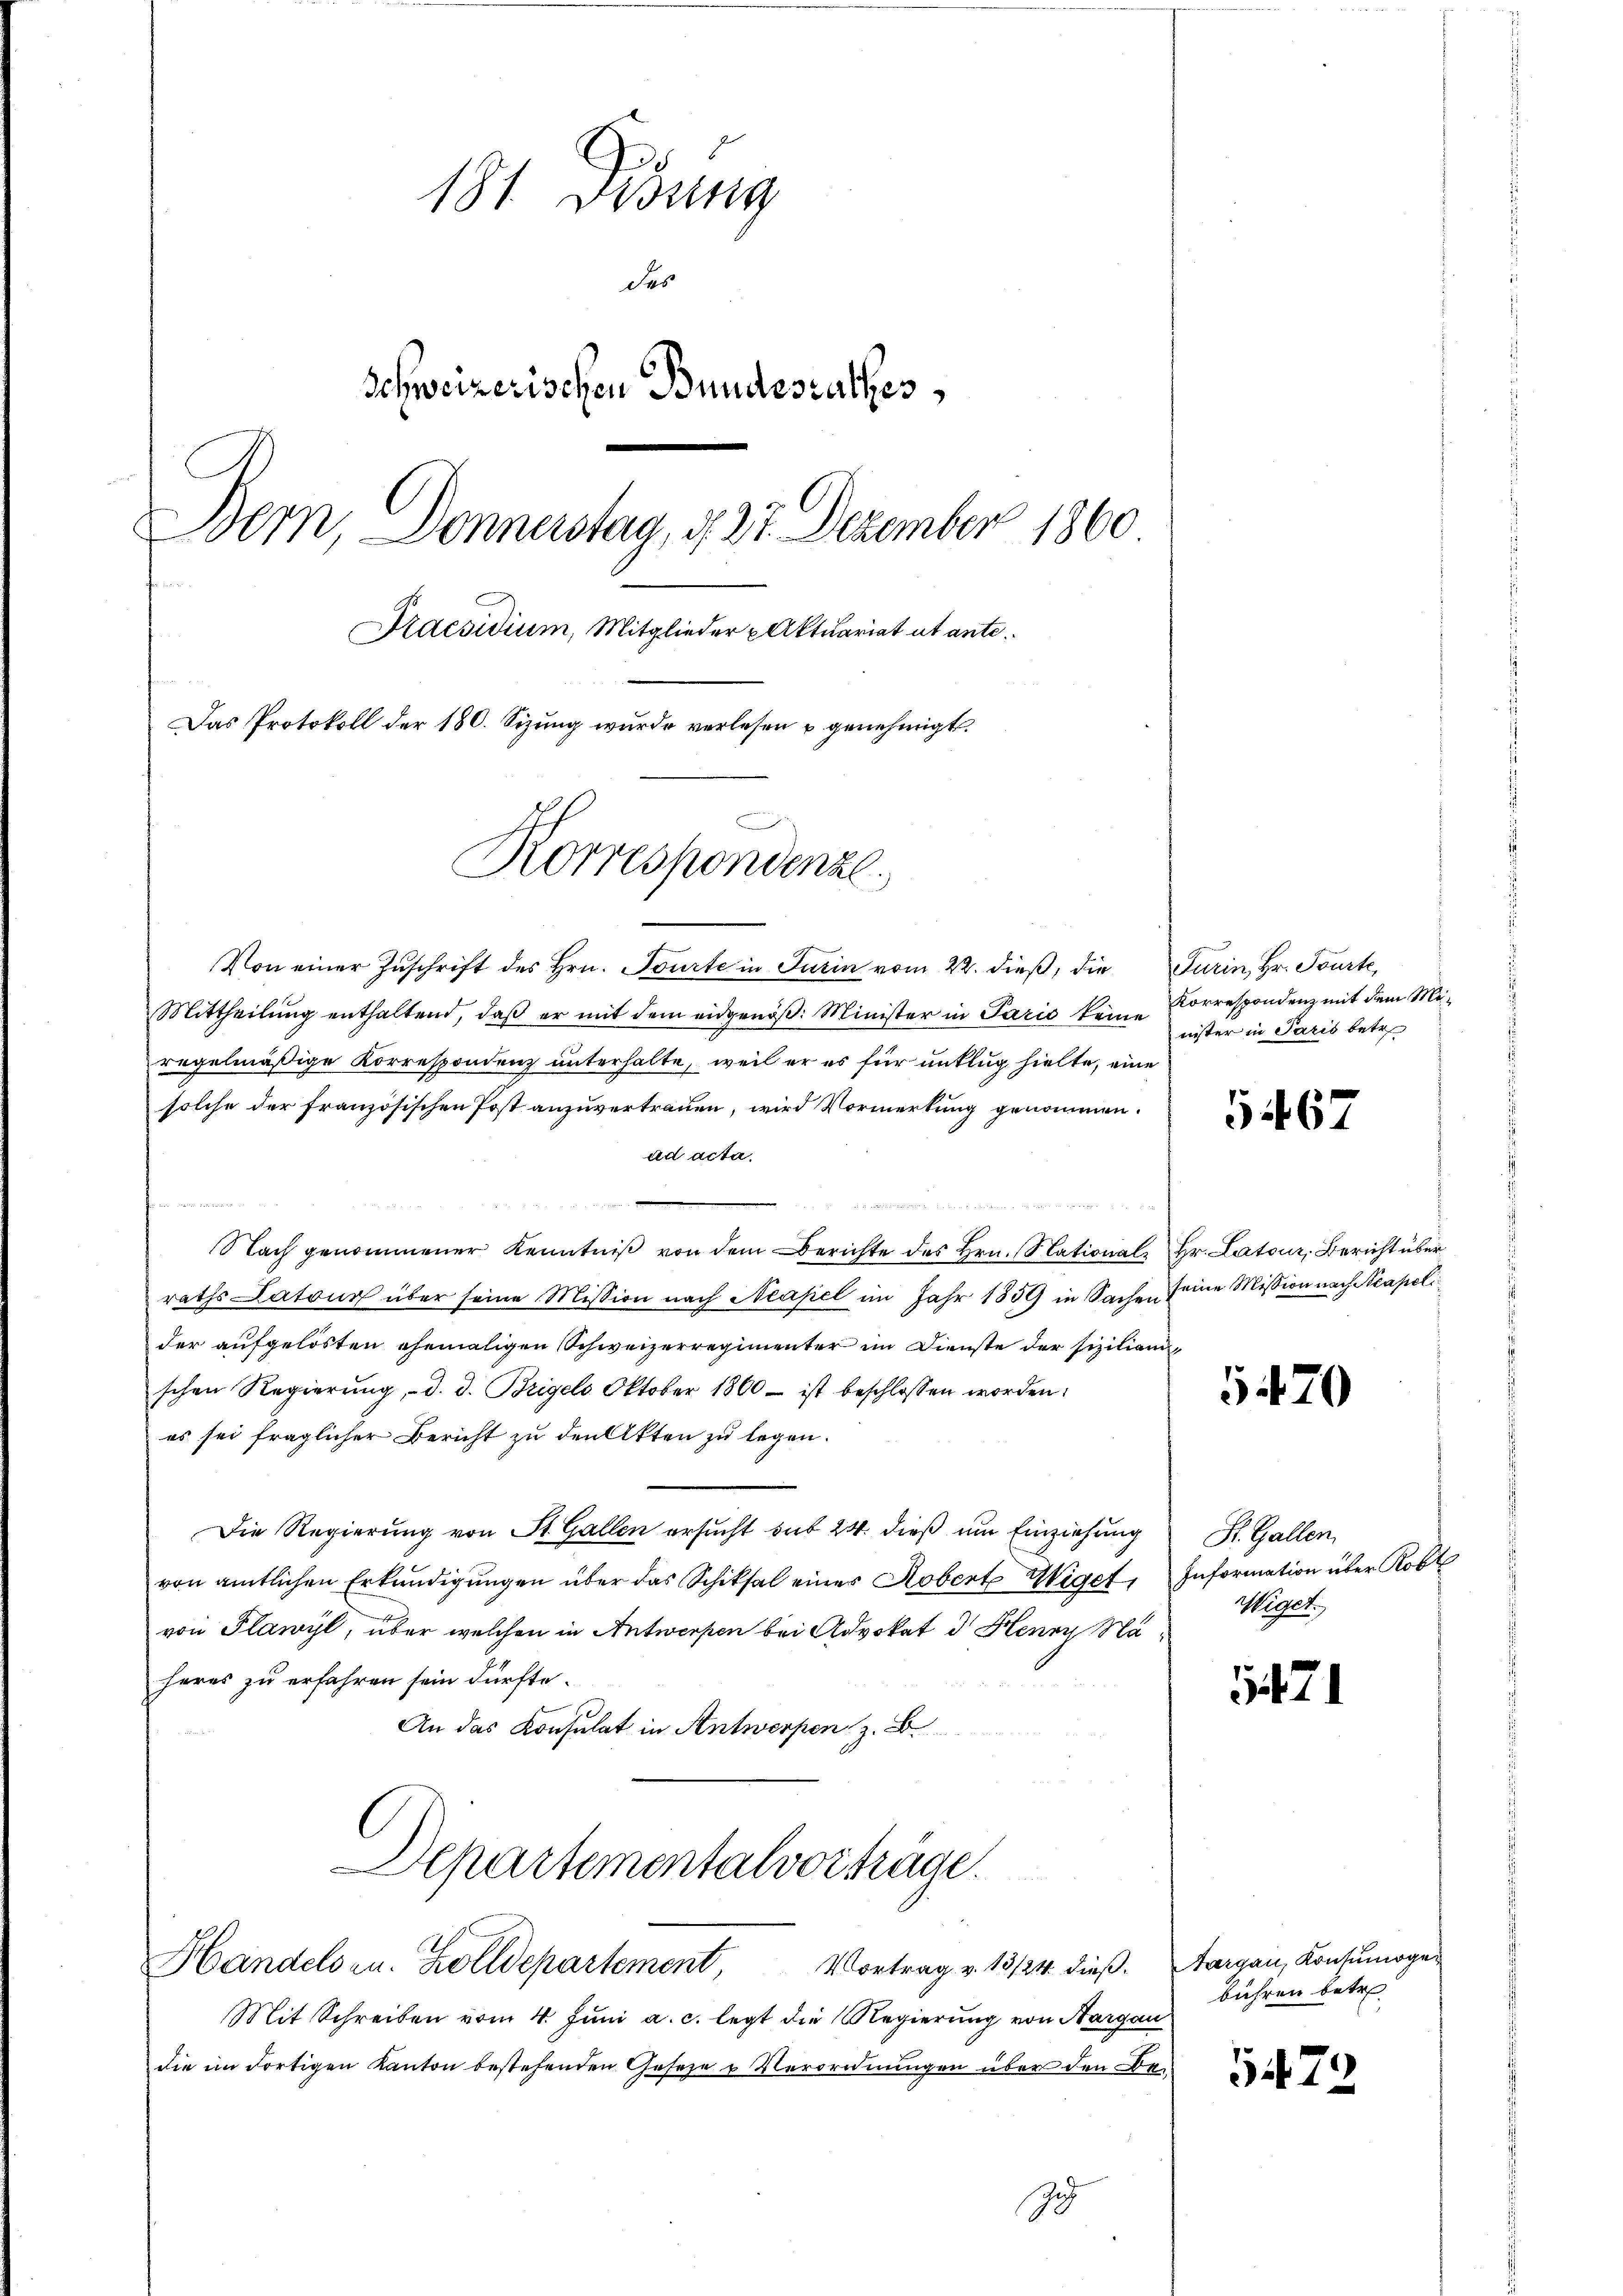
181 Didung
des
Schweizerischen Bundesrathes,
Bern, Donnerstag, d. 27 Dezember 1860
Praesidium, Mitglieder Aktuariat ut ante¬
Das Protokoll der 180. Sizung wurde verlesen u genehmigt.
Korrespondenzl.

Von einer Zuschrift des Hrn. Tourte in Turin vom 22. dieß, die
Mittheilŭng enthaltend, daβ er mit dem eidgenöβ: Minister in Paris keine
regelmäßige Korrespondenz unterhalte, weil er es für unklug hielte, eine
solche der französischen Post anzuvertrauen, wird Vormerkung genommen.
ad acta.

Nach genommener Kenntniß von dem Berichte des Hrn. Nationale Hr. Latour, Bericht über
raths Latour über seine Mission nach Neapel im Jahr 1859 in Sachen seine Mission nach Neapeli
der aufgelösten ehemaligen Schweizerregimenter im Dienste der siziliani
schen Regierŭng, d. d. Brigels Oktober 1860 - ist beschlossen worden:
es sei fraglicher Bericht zu den Akten zu legen.
Die Regierung von St. Gallen ersucht sub 24. dieß um Einziehung
von amtlichen Erkundigungen über das Schiksal einer Robert Wiget,
von Plawyl, über welchen in Antwerpen bei Advokat d. Henen Maheres zu erfahren sein dürfte.
An das Konsulat in Antwerpen z. B.
Departementalvorträge.
Handelsen. Zolldepartement,
Vortrag v. 13/24. dieß.
Mit Schreiben vom 4. Juni a. c. legt die Regierung von Aargau
die im dortigen Kanton bestehenden Geseze u Verordnungen über den Be¬
J

Turin, Hr. Pourte,
Korrespondenz mit dem Menister in Paris betr

5467

5470

St. Gallen.
Information über Koble
Wiget.

1421

Aargau, Konsumogebühren betr.

5472